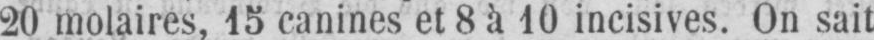
20 molaires, 15 canines et 8 à 10 incisives. On sait